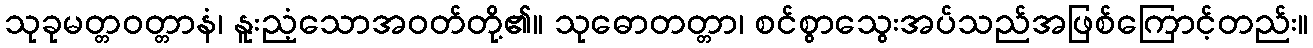
သုခုမတ္တဝတ္တာနံ၊ နူးညံ့သောအဝတ်တို့၏။ သုဓောတတ္တာ၊ စင်စွာသွေးအပ်သည်အဖြစ်ကြောင့်တည်း။